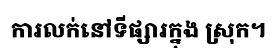
ការលក់នៅទីផ្សារក្នុង ស្រុក។